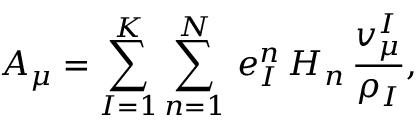
A _ { \mu } = \sum _ { I = 1 } ^ { K } \sum _ { n = 1 } ^ { N } \, e _ { I } ^ { n } \, H _ { n } \, { \frac { v _ { \mu } ^ { I } } { \rho _ { I } } } ,